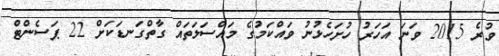
ވުރެ 2015 ވަނަ އަހަރު ހުށަހެޅުނު ވައްކަމުގެ މައްސަލަތައް ގާތްގަނޑަކަށް 22 ޕަސެންޓް